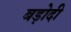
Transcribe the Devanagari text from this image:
बड़ोदी